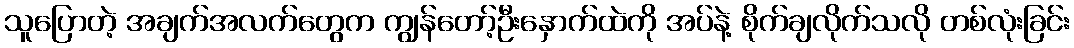
သူပြောတဲ့ အချက်အလက်တွေက ကျွန်တော့်ဦးနှောက်ထဲကို အပ်နဲ့ စိုက်ချလိုက်သလို တစ်လုံးခြင်း